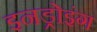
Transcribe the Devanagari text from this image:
इनड्रोइंग